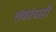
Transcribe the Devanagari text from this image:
शंकांचाही